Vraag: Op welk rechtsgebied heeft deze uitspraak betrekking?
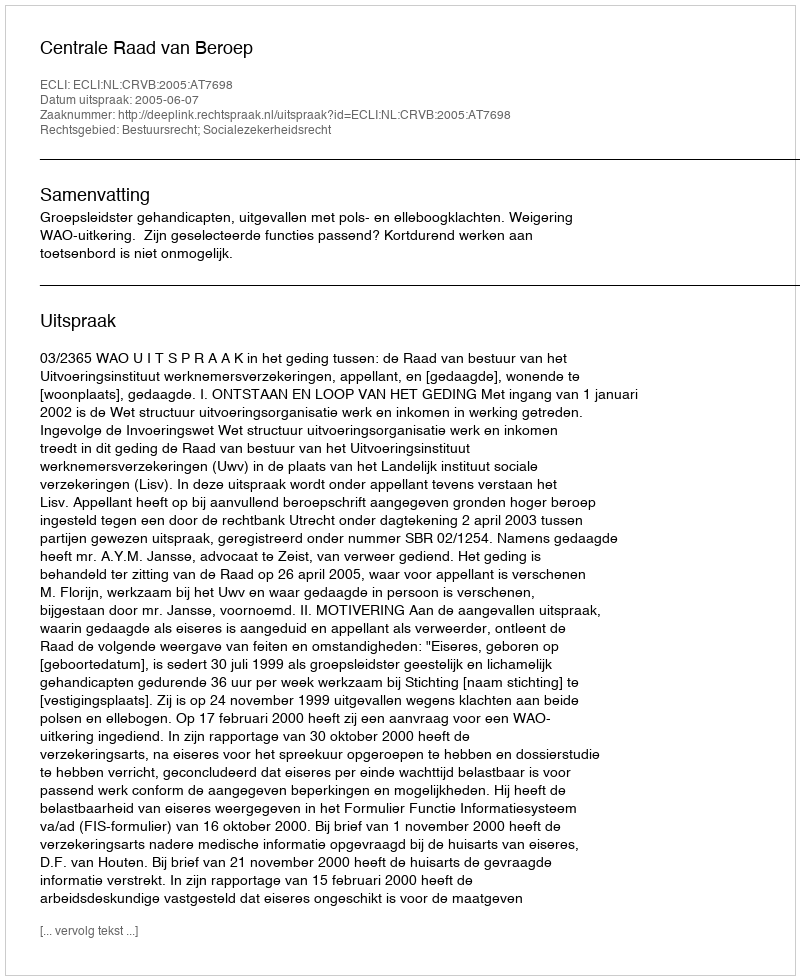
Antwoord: Bestuursrecht; Socialezekerheidsrecht